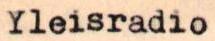
Yleisradio